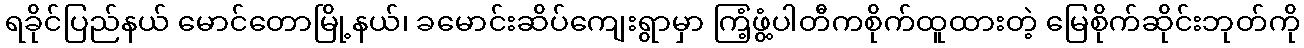
ရခိုင်ပြည်နယ် မောင်တောမြို့နယ်၊ ခမောင်းဆိပ်ကျေးရွာမှာ ကြံ့ဖွံ့ပါတီကစိုက်ထူထားတဲ့ မြေစိုက်ဆိုင်းဘုတ်ကို